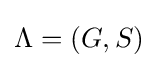
\Lambda =\left(G,S\right)